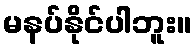
မနပ်နိုင်ပါဘူး။